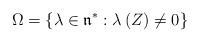
LaTeX: \begin{align*}\Omega=\left\{ \lambda\in\mathfrak{n}^{\ast}:\lambda\left( Z\right) \neq0\right\}\end{align*}